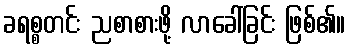
ခရစ္စတင်း ညစာစားဖို့ လာခေါ်ခြင်း ဖြစ်၏။